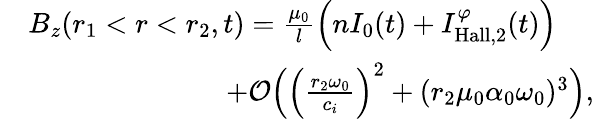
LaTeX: \begin{array}{rl}&{B_{z}(r_{1}<r<r_{2},t)=\frac{\mu_{0}}{l}\Big(nI_{0}(t)+I_{\mathrm{Hall},2}^{\varphi}(t)\Big)}\\ &{\qquad\qquad\qquad\quad+\mathcal{O}\Big(\Big(\frac{r_{2}\omega_{0}}{c_{i}}\Big)^{2}+(r_{2}\mu_{0}\alpha_{0}\omega_{0})^{3}\Big),}\end{array}